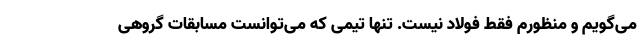
می‌گویم و منظورم فقط فولاد نیست. تنها تیمی که می‌توانست مسابقات گروهی